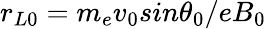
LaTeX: r_{L0}=m_{e}v_{0}sin\theta_{0}/eB_{0}